Maa-_ja_perenaiste_seltsid, lk 110
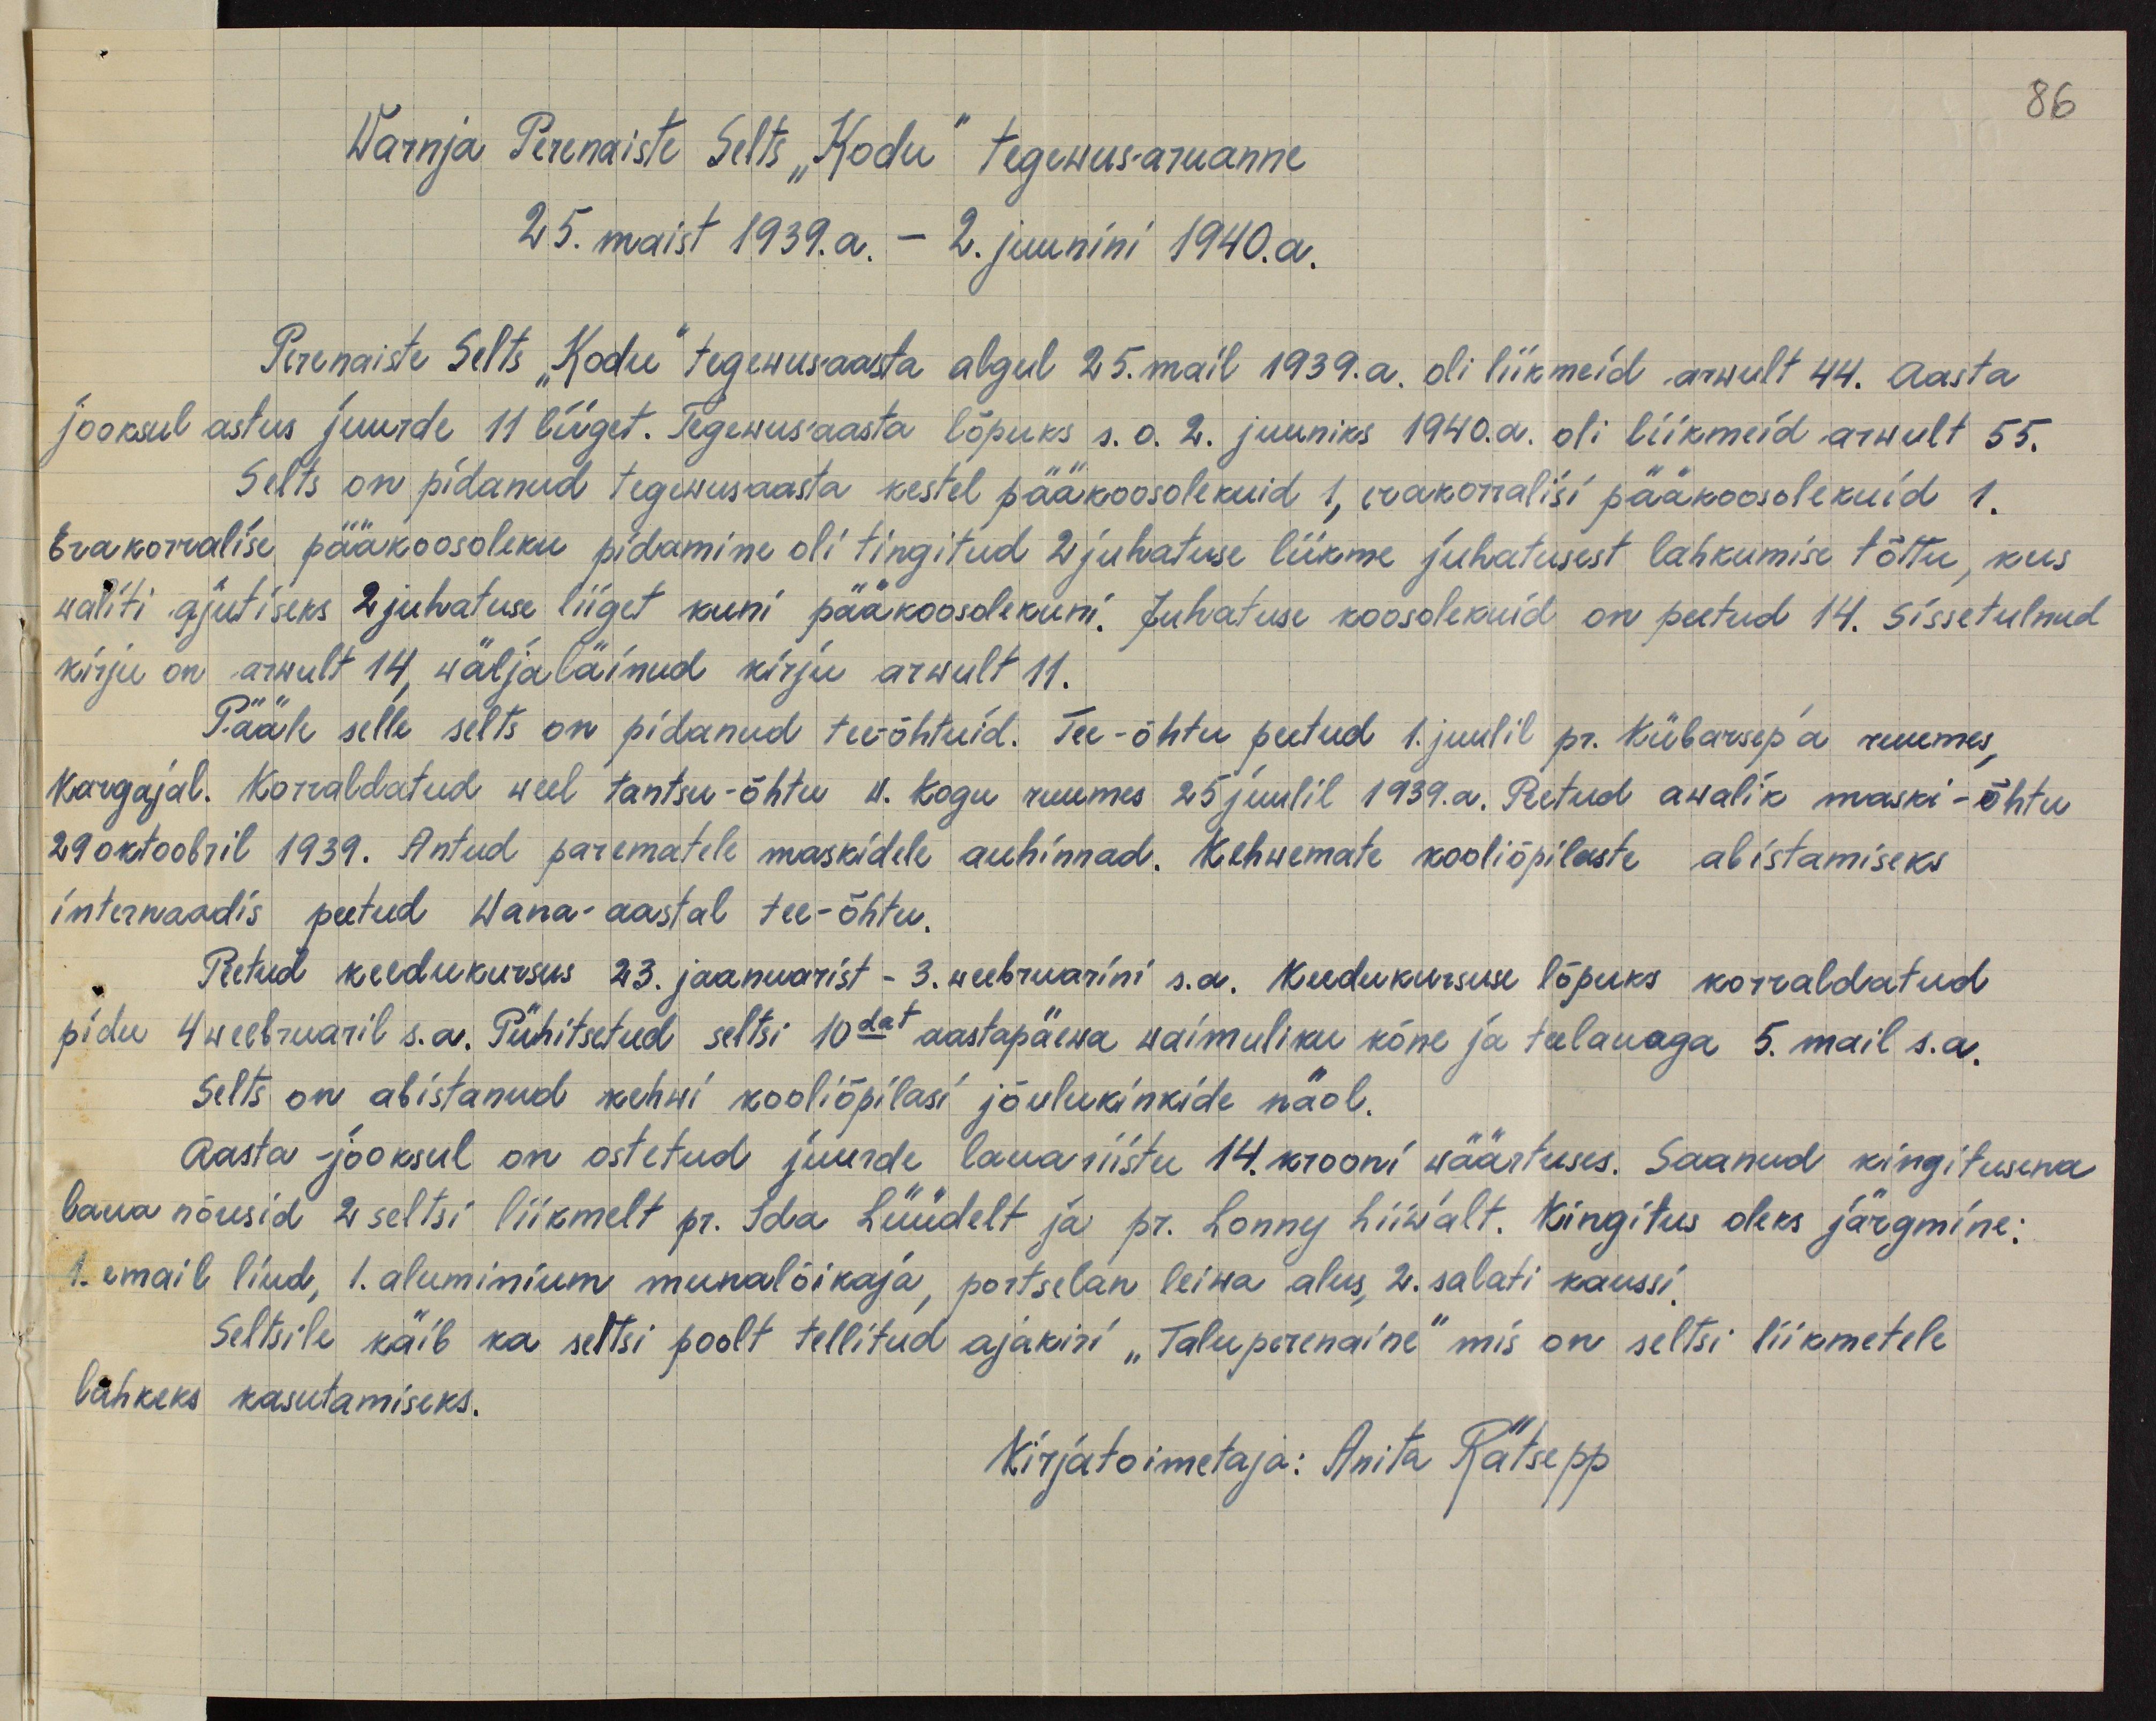
86

Warnja Perenaiste Selts "Kodu" tegewusaruanne
25. maist 1939. a. - 2. juunini 1940.a.
Perenaiste Selts "Kodu" tegewusaasta algul 25. mail 1939. a. oli liikmeid arwult 44. Aasta
jooksul astus juurde 11 liiget. Tegewusaasta lõpuks s.o. 2. juuniks 1940.a. oli liikmeid arwult 55.
Selts on pidanud tegewusaasta kestel pääkoosolekuid 1, erakorralisi pääkoosolekuid 1.
Erakorralise pääkoosoleku pidamine oli tingitud 2 juhatuse liikme juhatusest lahkumise tõttu, kus
waliti ajutiseks 2 juhatuse liiget kuni pääkoosolekuni. Juhatuse koosolekuid on peetud 14. Sissetulnud
kirju on arwult 14, wäljaläinud kirju arwult 11.
Pääle selle selts on pidanud teeõhtuid. Tee-õhtu peetud 1. juulil pr. Kübarsep'a ruumes,
Kargajal. Korraldatud weel tantsu-õhtu w. kogu ruumes 25 juulil 1939.a. Peetud awalik maski-õhtu
29 oktoobril 1939. Antud parematele maskidele auhinnad. Kehwemate kooliõpilaste abistamiseks
internaadis peetud Wana-aastal tee-õhtu.
Peetud keedukursus 23. jaanuarist - 3. weebruarini s.a. Keedukursuse lõpuks korraldatud
pidu 4 weebruaril s.a. Pühitsetud seltsi 10dat aastapäewa waimuliku kõne ja teelauaga 5. mail s.a.
Selts on abistanud kehwi kooliõpilasi jõulukinkide näol.
Aasta jooksul on ostetud juurde lauariistu 14. krooni wäärtuses. Saanud kingitusena
laua nõusid 2 seltsi liikmelt pr. Ida Lüüdelt ja pr. Lonny Liiwalt. Kingitus oleks järgmine:
1. email liud, 1. aluminium munalõikaja, postselan leiwa alus, 2. salati kaussi.
Seltsile käib ka seltsi poolt tellitud ajakiri "Taluperenaine" mis on seltsi liikmetele
lahkeks kasutamiseks.
Kirjatoimetaja: Anita Rätsepp